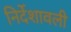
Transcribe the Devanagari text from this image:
निर्देशावली